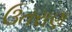
ઉતરાણ